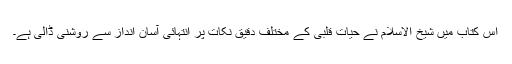
اس کتاب میں شیخ الاسلام نے حیاتِ قلبی کے مختلف دقیق نکات پر انتہائی آسان انداز سے روشنی ڈالی ہے۔